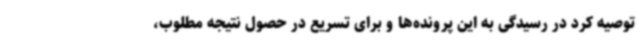
توصیه کرد در رسیدگی به این پرونده‌ها و برای تسریع در حصول نتیجه مطلوب،